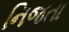
નિજતા